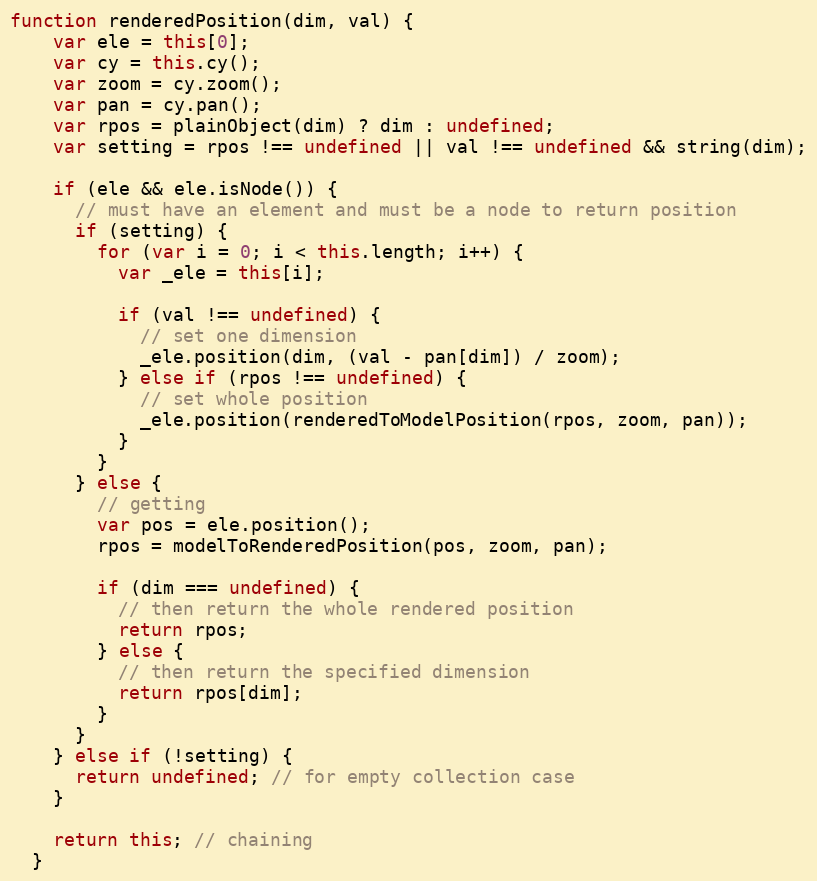
Language: JavaScript
function renderedPosition(dim, val) {
    var ele = this[0];
    var cy = this.cy();
    var zoom = cy.zoom();
    var pan = cy.pan();
    var rpos = plainObject(dim) ? dim : undefined;
    var setting = rpos !== undefined || val !== undefined && string(dim);

    if (ele && ele.isNode()) {
      // must have an element and must be a node to return position
      if (setting) {
        for (var i = 0; i < this.length; i++) {
          var _ele = this[i];

          if (val !== undefined) {
            // set one dimension
            _ele.position(dim, (val - pan[dim]) / zoom);
          } else if (rpos !== undefined) {
            // set whole position
            _ele.position(renderedToModelPosition(rpos, zoom, pan));
          }
        }
      } else {
        // getting
        var pos = ele.position();
        rpos = modelToRenderedPosition(pos, zoom, pan);

        if (dim === undefined) {
          // then return the whole rendered position
          return rpos;
        } else {
          // then return the specified dimension
          return rpos[dim];
        }
      }
    } else if (!setting) {
      return undefined; // for empty collection case
    }

    return this; // chaining
  }